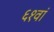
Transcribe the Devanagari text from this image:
६१वां